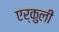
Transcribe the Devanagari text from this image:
एर्कुली